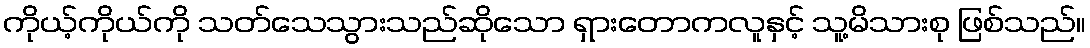
ကိုယ့်ကိုယ်ကို သတ်သေသွားသည်ဆိုသော ရှားတောကလူနှင့် သူ့မိသားစု ဖြစ်သည်။